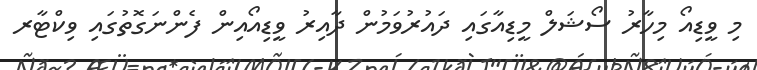
މި ވީޑިއޯ މިހާރު ސޯޝަލް މީޑިއާގައި ދައުރުވަމުން ދާއިރު ވީޑިއޯއިން ފެންނަގޮތުގައި ވިކްޓާރ